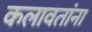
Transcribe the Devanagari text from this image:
कलावतांना